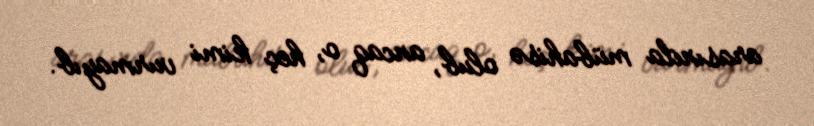
arasında mübahisə olub, ancaq o, heç kimi vurmayıb.